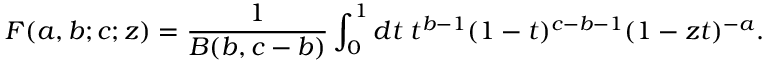
F ( a , b ; c ; z ) = \frac { 1 } { B ( b , c - b ) } \int _ { 0 } ^ { 1 } { d t \; t ^ { b - 1 } ( 1 - t ) ^ { c - b - 1 } ( 1 - z t ) ^ { - a } } .